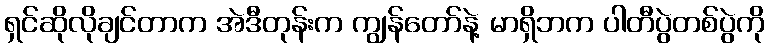
ရှင်ဆိုလိုချင်တာက အဲဒီတုန်းက ကျွန်တော်နဲ့ မာရှိဘက ပါတီပွဲတစ်ပွဲကို